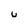
Character: u